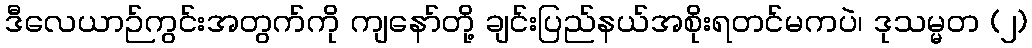
ဒီလေယာဉ်ကွင်းအတွက်ကို ကျနော်တို့ ချင်းပြည်နယ်အစိုးရတင်မကပဲ၊ ဒုသမ္မတ (၂)